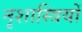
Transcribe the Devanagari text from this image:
नृशास्त्रियों